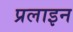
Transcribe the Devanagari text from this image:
प्रलाइन